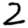
Digit: 2